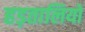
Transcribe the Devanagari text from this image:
हड़तालियों